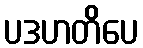
ပဒဟတိပေ